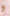
و